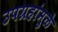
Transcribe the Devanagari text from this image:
उपग्रहांमुळे